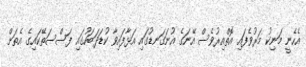
އެހެނީ މަނިކު މަރުވެފައި އޮތްއިރުވެސް އޭނަގެ އުނަގަނޑުގައި އަޅާފައިވާ ކުޑަދަބަހުގައި ފަސްސަތޭކައިގެ އެތަށް